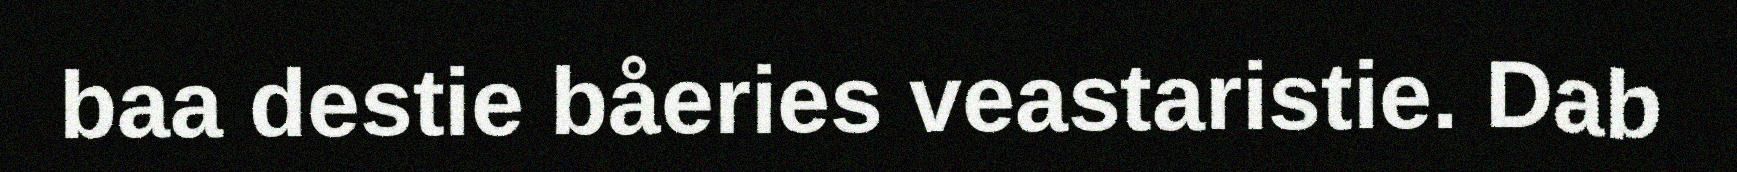
baa destie båeries veastaristie. Dab